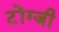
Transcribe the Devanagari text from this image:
टोंग्जी